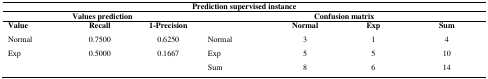
| <COLSPAN=7> Prediction supervised instance |
 | <COLSPAN=3> Values prediction | <COLSPAN=4> Confusion matrix |
 | --- | --- | --- | --- | --- | --- | --- |
 | Value | Recall | 1-Precision |  | Normal | Exp | Sum |
 | Normal | 0.7500 | 0.6250 | Normal | 3 | 1 | 4 |
 | Exp | 0.5000 | 0.1667 | Exp | 5 | 5 | 10 |
 |  |  |  | Sum | 8 | 6 | 14 |